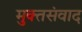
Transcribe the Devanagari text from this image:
मुक्तसंवाद